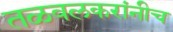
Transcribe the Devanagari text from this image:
तळवलकरांनीच